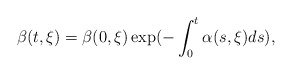
\begin{align*}\beta(t,\xi)=\beta(0,\xi)\exp(-\int_0^t \alpha(s,\xi)ds),\end{align*}